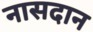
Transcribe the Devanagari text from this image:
नासदान